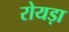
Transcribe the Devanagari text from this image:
रोयड़ा